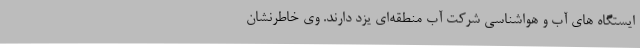
ایستگاه های آب و هواشناسی شرکت آب منطقه‌ای یزد دارند. وی خاطرنشان